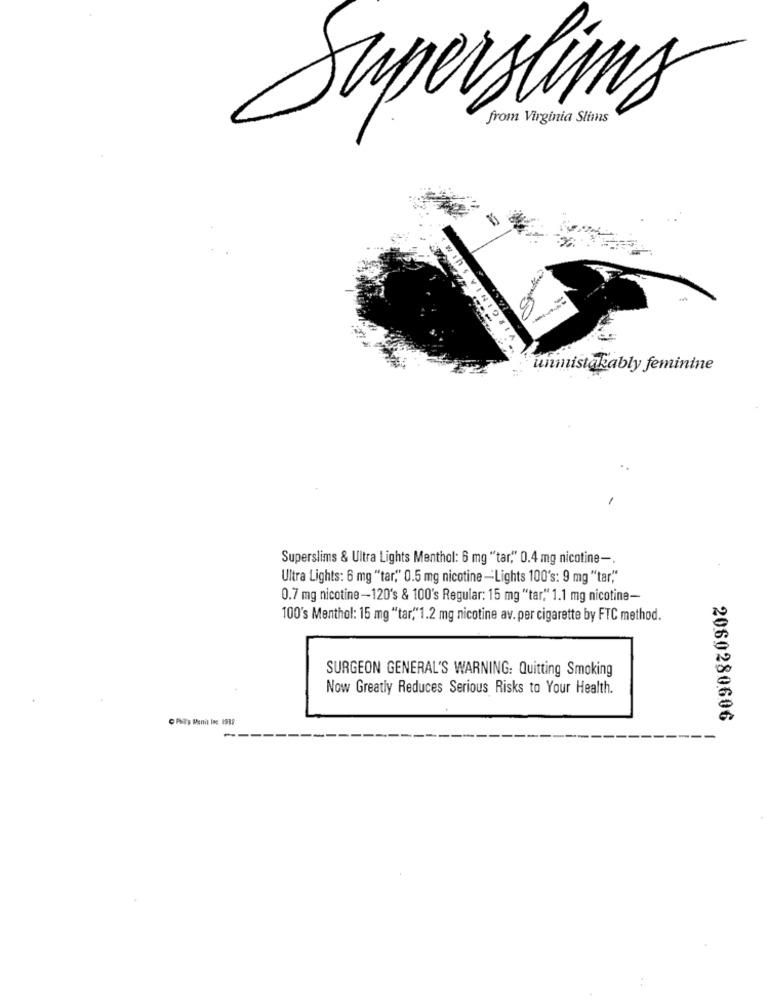
Superskinny
from Virginia Slims
SVINIDEIA
unmistakably feminine
Superslims & Ultra Lights Menthol: 6 mg "tar," 0.4 mg nicotine -.
Ultra Lights: 6 mg "tar," 0.5 mg nicotine -Lights 100's: 9 mg "tar"
0.7 mg nicotine -120's & 100's Regular: 15 mg "tar," 1.1 mg nicotine-
100's Menthol: 15 mg "tar,"1.2 mg nicotine av. per cigarette by FTC method.
SURGEON GENERAL'S WARNING: Quitting Smoking
Now Greatly Reduces Serious Risks to Your Health.
2060280606